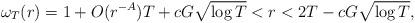
LaTeX: \begin{align*}\omega_T(r)=1+O(r^{-A}) T+cG\sqrt{\log T}<r<2T-cG\sqrt{\log T},\end{align*}